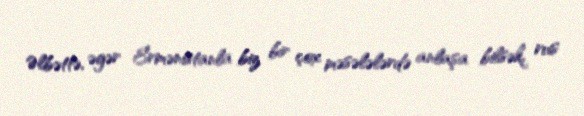
Əlbəttə, əgər Ermənistanla biz bir çox məsələlərdə anlaşa bilsək, rus